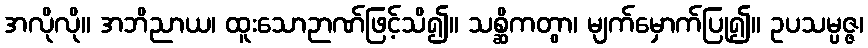
အလိုလို။ အဘိညာယ၊ ထူးသောဉာဏ်ဖြင့်သိ၍။ သစ္ဆိကတွာ၊ မျက်မှောက်ပြု၍။ ဥပသမ္ပဇ္ဇ၊